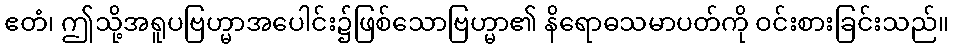
ဧတံ၊ ဤသို့အရူပဗြဟ္မာအပေါင်း၌ဖြစ်သောဗြဟ္မာ၏ နိရောဓသမာပတ်ကို ဝင်းစားခြင်းသည်။